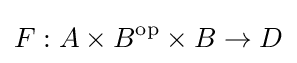
F:A\times B^{\mathrm {op} }\times B\rightarrow D